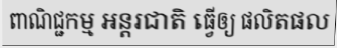
ពាណិជ្ជកម្ម អន្តរជាតិ ធ្វើឲ្យ ផលិតផល